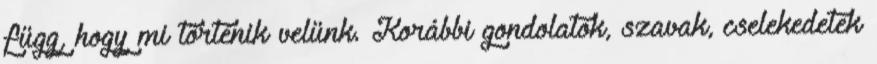
függ, hogy mi történik velünk. Korábbi gondolatok, szavak, cselekedetek